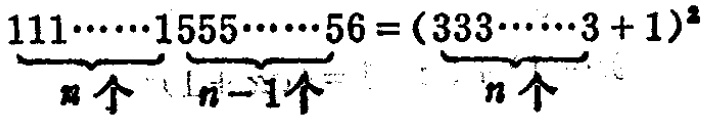
$\underbrace{111\cdots\cdots1}_{n个}\underbrace{555\cdots\cdots5}_{n - 1个}6 = (\underbrace{333\cdots\cdots3}_{n个}+1)^2$